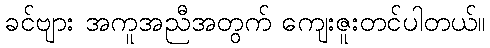
ခင်ဗျား အကူအညီအတွက် ကျေးဇူးတင်ပါတယ်။